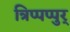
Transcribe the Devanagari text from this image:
त्रिप्पप्पुर्